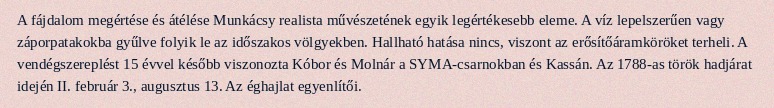
A fájdalom megértése és átélése Munkácsy realista művészetének egyik legértékesebb eleme. A víz lepelszerűen vagy záporpatakokba gyűlve folyik le az időszakos völgyekben. Hallható hatása nincs, viszont az erősítőáramköröket terheli. A vendégszereplést 15 évvel később viszonozta Kóbor és Molnár a SYMA-csarnokban és Kassán. Az 1788-as török hadjárat idején II. február 3., augusztus 13. Az éghajlat egyenlítői.